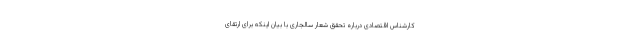
کارشناس اقتصادی درباره تحقق شعار سالجاری با بیان اینکه برای ارتقای